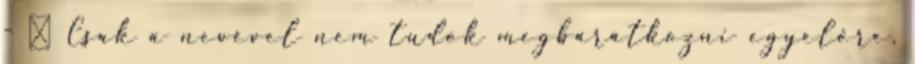
- █ Csak a nevével nem tudok megbarátkozni egyelőre,